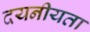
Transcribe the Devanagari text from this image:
दयनीयता